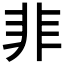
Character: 𩇦